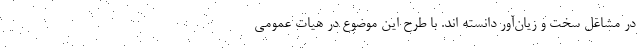
در مشاغل سخت و زیان‌آور دانسته اند. با طرح این موضوع در هیات عمومی